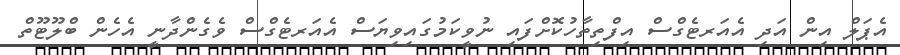
އެޕަލް އިން އަދި އެއަރޓެގްސް އިފްތިތާހުކޮށްފައި ނުވީކަމުގައިވިޔަސް އެއަރޓެގްސް ވެގެންދާނީ އެހެން ބްލޫޓޫތް